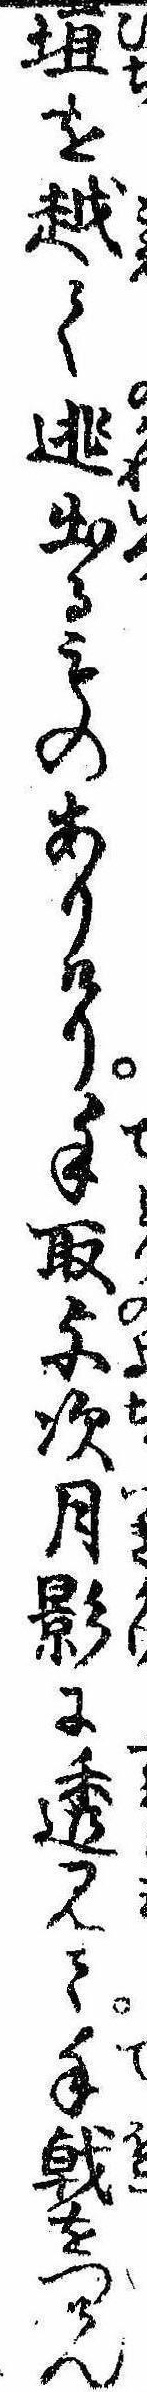
垣を越て逃出るものありけり手取与次月影に透見て手戟をつけん